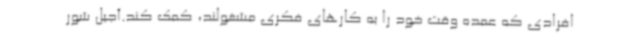
افرادی که عمده وقت خود را به کارهای فکری مشغولند، کمک کند.آجیل شور